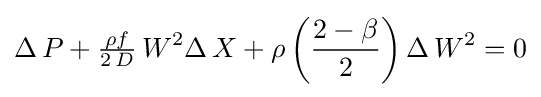
\Delta \,P+{\tfrac {\rho f}{2\,D}}\,W^{2}\Delta \,X+\rho \left({\frac {2-\beta }{2}}\right)\Delta \,W^{2}=0